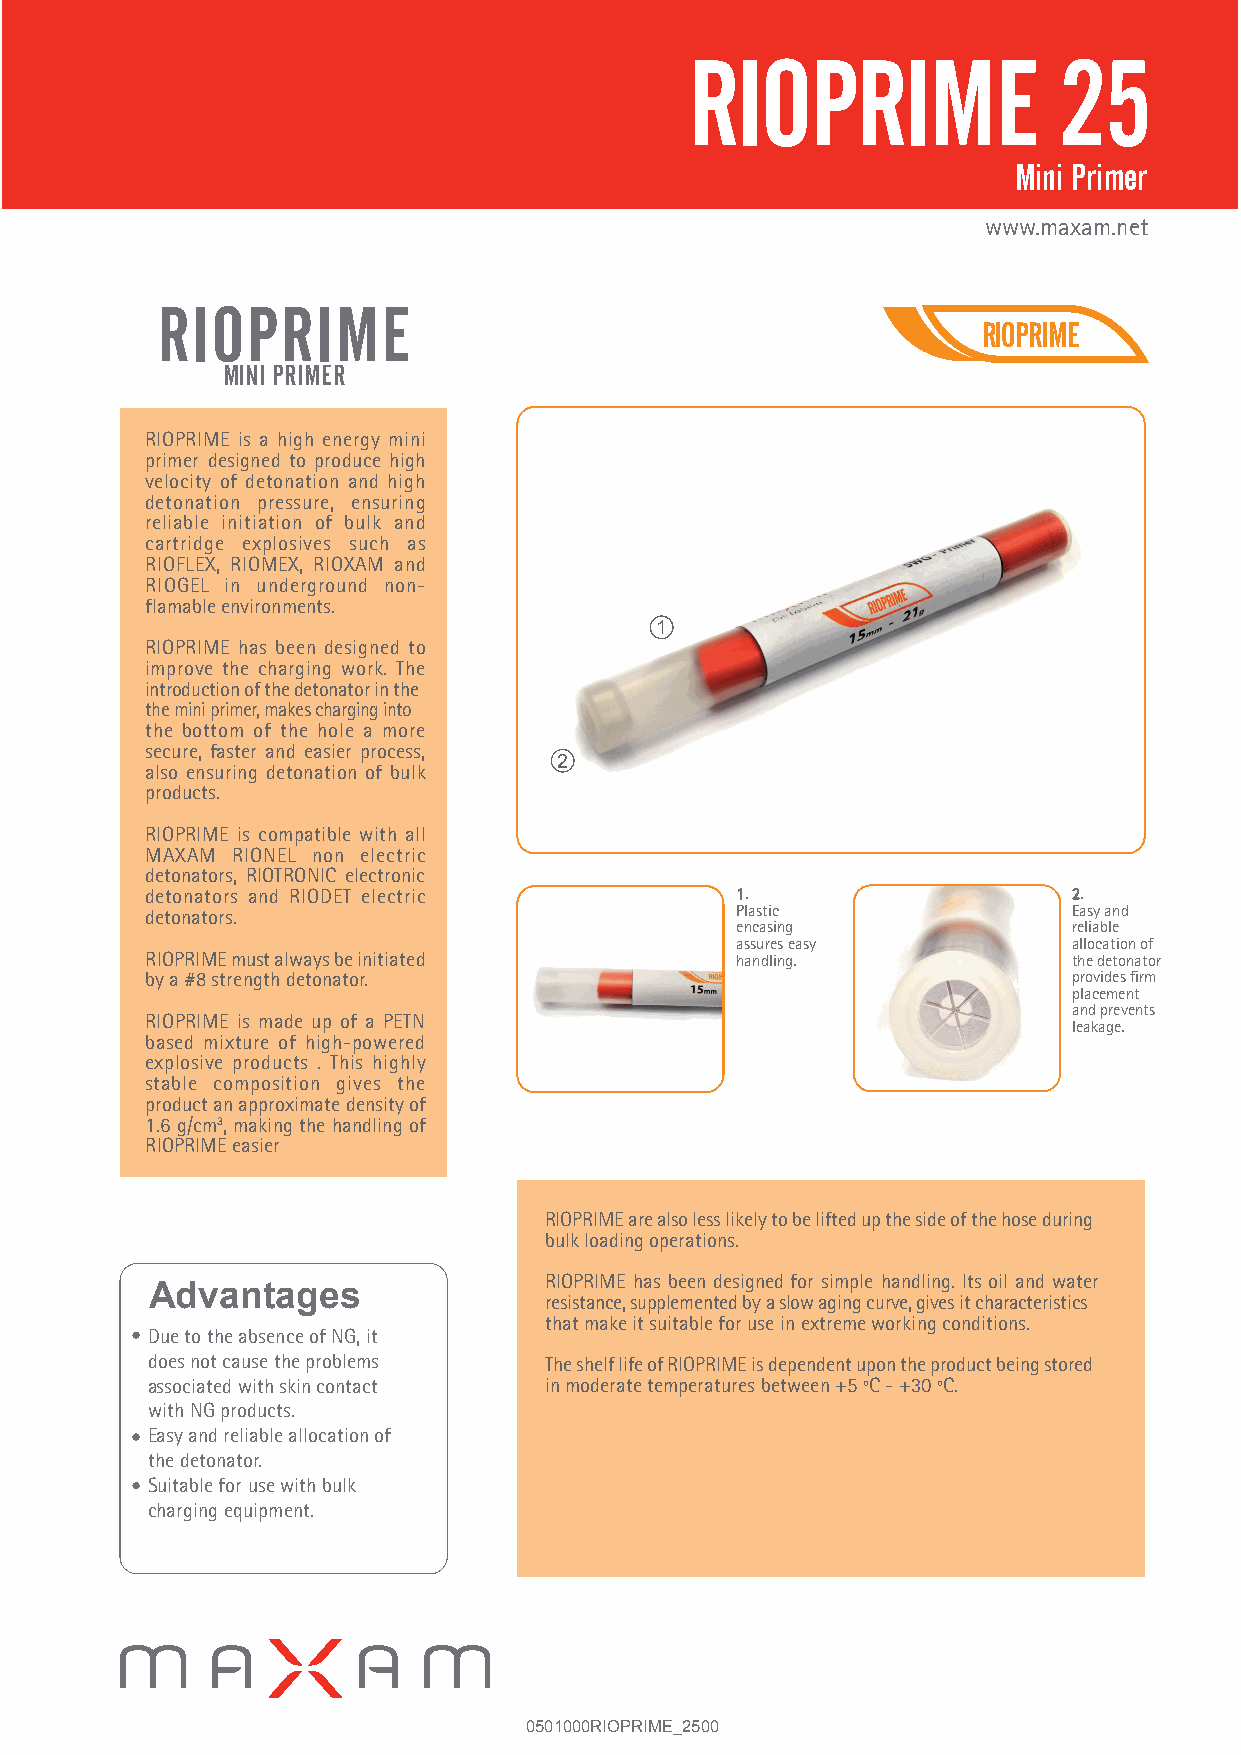
RIOPRIME                25
 Mini Primer
 www.maxam.net
 RIOPRIME
 RIOPRIME
 MINI PRIMER
 RIOPRIME is a high energy mini
 primer designed to produce high
 velocity of detonation and high
 detonation pressure, ensuring
 reliable initiation of bulk and
 cartridge explosives such as
 RIOFLEX, RIOMEX, RIOXAM and
 RIOGEL in underground non-
 flamable environments.
 1
 RIOPRIME has been designed to
 improve the charging work. The
 introduction of the detonator in the
 the mini primer, makes charging into
 the bottom of the hole a more
 secure, faster and easier process,
 2
 also ensuring detonation of bulk
 products.
 RIOPRIME is compatible with all
 MAXAM RIONEL non electric
 detonators, RIOTRONIC electronic
 detonators and RIODET electric         11.                   2.
 detonators.                            Plastic               Easy and
 encasing              reliable
 assures easy          allocation of
 RIOPRIME must always be initiated      handling.             the detonator
 by a #8 strength detonator.                                  provides firm
 placement
 and prevents
 RIOPRIME is made up of a PETN
 leakage.
 based mixture of high-powered
 explosive products . This highly
 stable composition gives the
 product an approximate density of
 1.6 g/cm3, making the handling of
 RIOPRIME easier
 RIOPRIME are also less likely to be lifted up the side of the hose during
 bulk loading operations.
 RIOPRIME has been designed for simple handling. Its oil and water
 Advantages
 resistance, supplemented by a slow aging curve, gives it characteristics
 that make it suitable for use in extreme working conditions.
 Due to the absence of NG, it
 does not cause the problems The shelf life of RIOPRIME is dependent upon the product being stored
 associated with skin contact in moderate temperatures between +5 ºC - +30 ºC.
 with NG products.
 Easy and reliable allocation of
 the detonator.
 Suitable for use with bulk
 charging equipment.
 0501000RIOPRIME_2500